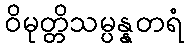
ဝိမုတ္တိသမ္ပန္နတရံ